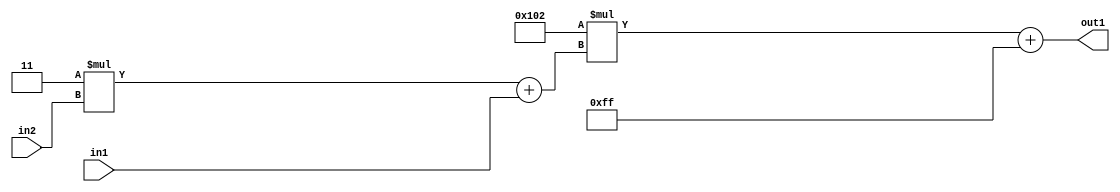
`timescale 1ps / 1ps
/*****************************************************************************
    Verilog RTL Description
    
    
    Created by: Stratus DpOpt 2019.1.01 
*******************************************************************************/

module DC_Filter_Add2i255Mul2i258Add2u1Mul2i3u2_1 (
	in2,
	in1,
	out1
	); /* architecture "behavioural" */ 
input [1:0] in2;
input  in1;
output [11:0] out1;
wire [11:0] asc001;
wire [3:0] asc002;

wire [3:0] asc002_tmp_0;
assign asc002_tmp_0 = 
	+(4'B0011 * in2);
assign asc002 = asc002_tmp_0
	+(in1);

wire [11:0] asc001_tmp_1;
assign asc001_tmp_1 = 
	+(12'B000100000010 * asc002);
assign asc001 = asc001_tmp_1
	+(12'B000011111111);

assign out1 = asc001;
endmodule

/* CADENCE  v7X2Qwk= : u9/ySgnWtBlWxVPRXgAZ4Og= ** DO NOT EDIT THIS LINE ******/